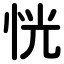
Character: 恍